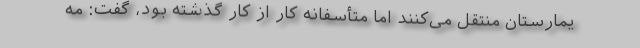
یمارستان منتقل می‌کنند اما متأسفانه کار از کار گذشته بود، گفت: مه